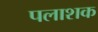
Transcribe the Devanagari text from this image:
पलाशक